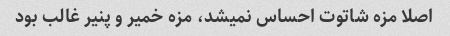
اصلا مزه شاتوت احساس نمیشد، مزه خمیر و پنیر غالب بود